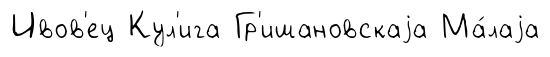
Ивов'ец Кул'ига Гр'ишановскаjа Ма́лаjа